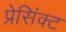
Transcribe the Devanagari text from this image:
प्रेसिंक्ट